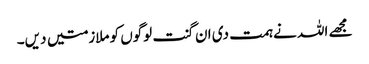
مجھے اللہ نے ہمت دی ان گنت لوگوں کو ملازمتیں دیں۔